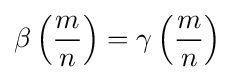
\beta \left({\frac {m}{n}}\right)=\gamma \left({\frac {m}{n}}\right)